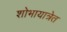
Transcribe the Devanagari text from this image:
शोभायात्रेत